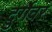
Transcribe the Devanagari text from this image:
दुर्गेवर